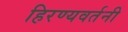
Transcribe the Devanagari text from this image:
हिरण्यवर्तनी